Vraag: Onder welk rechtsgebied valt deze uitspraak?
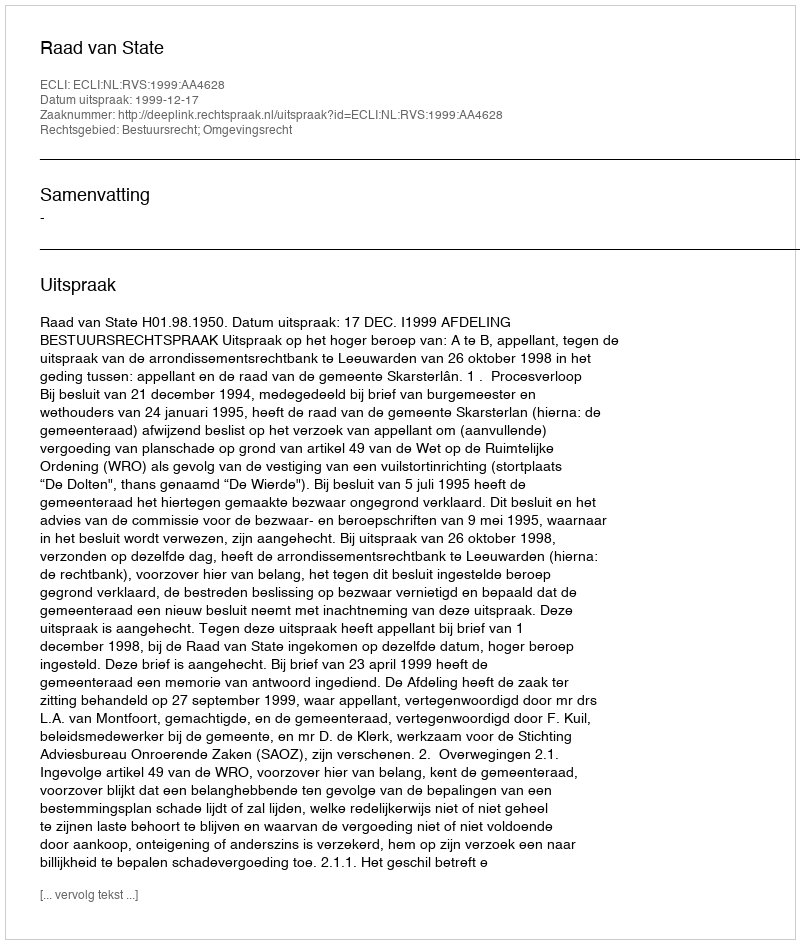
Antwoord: Bestuursrecht; Omgevingsrecht